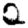
Digit: 2